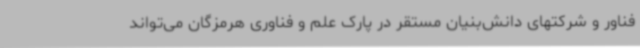
فناور و شرکتهای دانش‌بنیان مستقر در پارک علم و فناوری هرمزگان می‌تواند